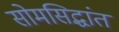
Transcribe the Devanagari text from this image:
सोमसिद्धांत